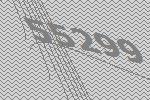
55299